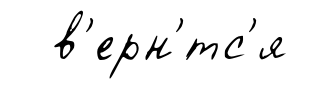
в'ерн'́тс'я